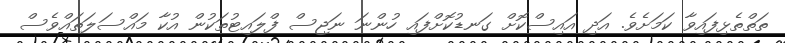
ތަތްތެޅިފައިވާ ކަމަށެވެ. އަދި އައިސްކޮށް ގަނޑުކޮށްފައި ހުންނަ ނަޖިސް ފްލައިޓުތަކުން އުކާ މައްސަލަތައްވެސް